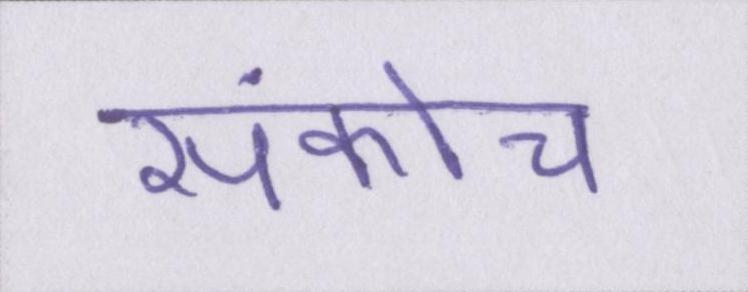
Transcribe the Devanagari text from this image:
संकोच